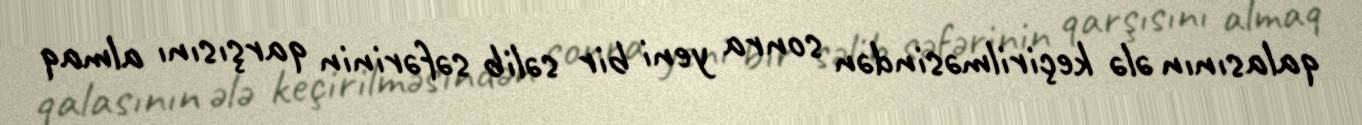
qalasının ələ keçirilməsindən sonra yeni bir səlib səfərinin qarşısını almaq